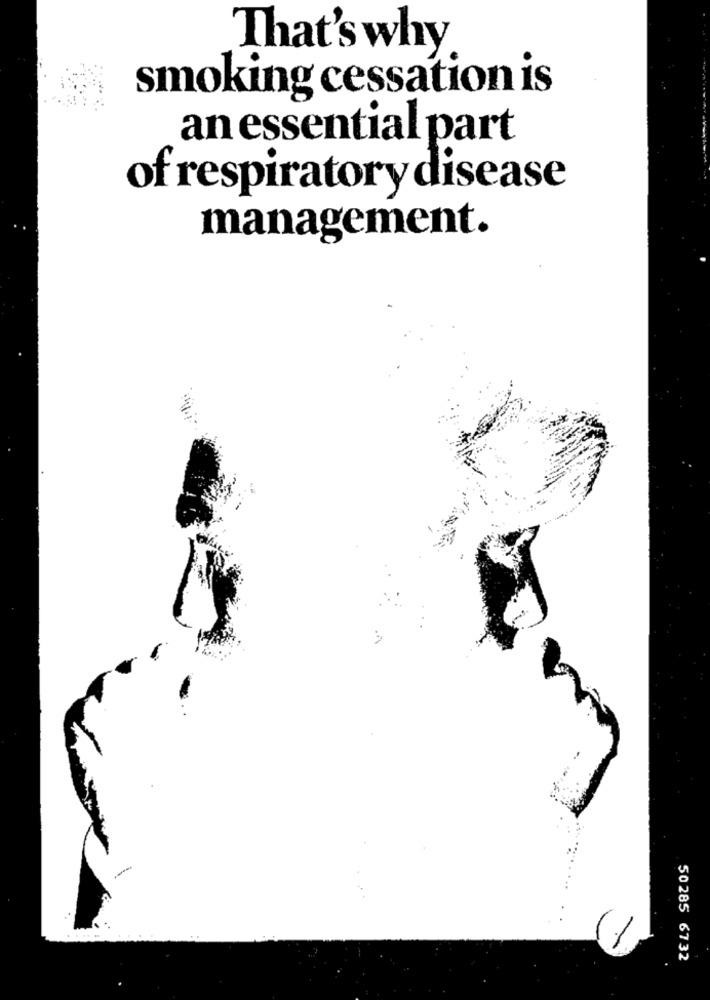
That's why
smoking cessation is
an essential part
of respiratory disease
management.
50285 6732